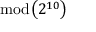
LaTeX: \bmod { \left( 2 ^ { 1 0 } \right) }